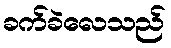
ခက်ခဲလေသည်